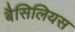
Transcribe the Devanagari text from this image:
बैसिलियस